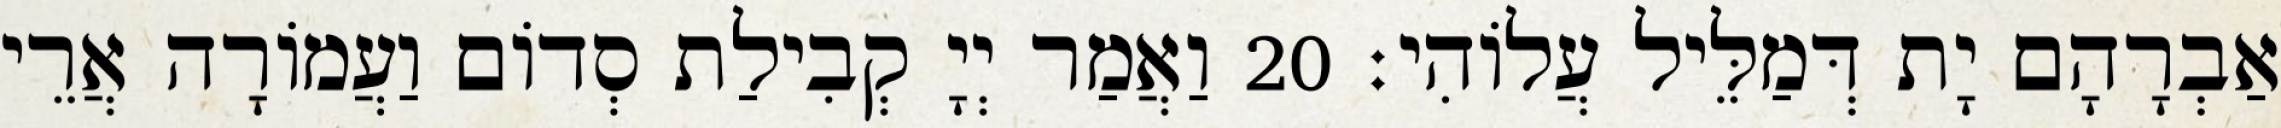
אַבְרָהָם יָת דְּמַלֵּיל עֲלוֹהִי׃ 20 וַאֲמַר יְיָ קְבִילַת סְדוֹם וַעֲמוֹרָה אֲרֵי